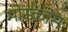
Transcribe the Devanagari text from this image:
मोस्कास